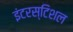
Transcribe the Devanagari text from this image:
इंटरस्टिशल